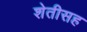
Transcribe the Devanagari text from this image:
शेतीसह